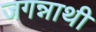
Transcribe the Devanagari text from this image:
जगन्नाथी